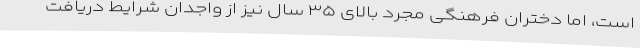
است، اما دختران فرهنگیِ مجرد بالای ۳۵ سال نیز از واجدان شرایط دریافت